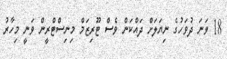
18 ވަނަ ދުވަހުގެ ނިޔަލަށް ދައްކަން ވެސް ޓޫރިޒަމް މިނިސްޓްރީން ވަނީ މިހާރު